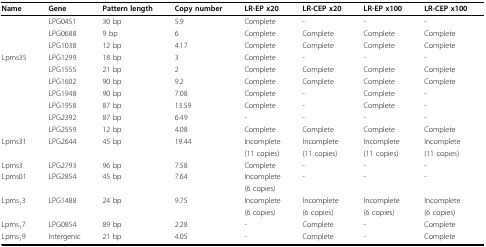
| Name | Gene | Pattern length | Copy number | LR-EP x20 | LR-CEP x20 | LR-EP x100 | LR-CEP x100 |
 | --- | --- | --- | --- | --- | --- | --- | --- |
 |  | LPG0451 | 30 bp | 5.9 | Complete | - | - | - |
 |  | LPG0688 | 9 bp | 6 | Complete | Complete | Complete | Complete |
 |  | LPG1038 | 12 bp | 4.17 | Complete | Complete | Complete | Complete |
 | Lpms35 | LPG1299 | 18 bp | 3 | Complete | - | - | - |
 |  | LPG1555 | 21 bp | 2 | Complete | Complete | Complete | Complete |
 |  | LPG1602 | 90 bp | 9.2 | Complete | Complete | Complete | Complete |
 |  | LPG1948 | 90 bp | 7.08 | Complete | - | Complete | - |
 |  | LPG1958 | 87 bp | 13.59 | Complete | - | Complete | - |
 |  | LPG2392 | 87 bp | 6.49 | - | - | - | - |
 |  | LPG2559 | 12 bp | 4.08 | Complete | Complete | Complete | Complete |
 | Lpms31 | LPG2644 | 45 bp | 19.44 | Incomplete | Incomplete | Incomplete | Incomplete |
 |  |  |  |  | (11 copies) | (11 copies) | (11 copies) | (11 copies) |
 | Lpms3 | LPG2793 | 96 bp | 7.58 | Complete | - | - | - |
 | Lpms01 | LPG2854 | 45 bp | 7.64 | Incomplete | - | - | - |
 |  |  |  |  | (6 copies) |  |  |  |
 | Lpms13 | LPG1488 | 24 bp | 9.75 | Incomplete | Incomplete | Incomplete | Incomplete |
 |  |  |  |  | (6 copies) | (6 copies) | (6 copies) | (6 copies) |
 | Lpms17 | LPG0854 | 89 bp | 2.28 | - | Complete | - | Complete |
 | Lpms19 | Intergenic | 21 bp | 4.05 | - | Complete | - | Complete |